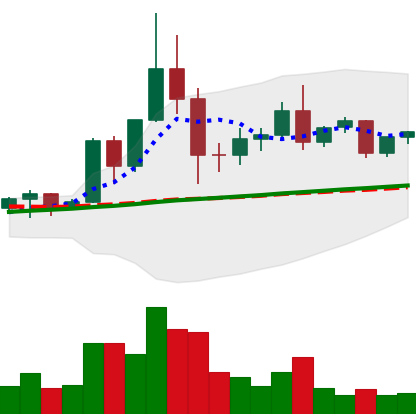
Ticker: TRX-USD
Chart end date: 2020-12-06
Forward return: -10.044%
Label: down_7plus